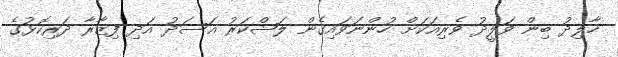
ޚާލިދު ބިން ވަލީދު ވެރިއަކަށް ހުންނަވައިގެން ލަޝްކަރު އަސަދު އަދި ފިޒާރާ ދަރިކޮޅުގެ